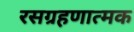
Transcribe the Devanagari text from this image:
रसग्रहणात्मक